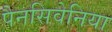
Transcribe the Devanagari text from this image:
पैनसिवेनिया